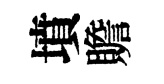
墳贍